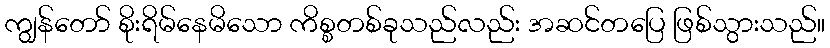
ကျွန်တော် စိုးရိမ်နေမိသော ကိစ္စတစ်ခုသည်လည်း အဆင်တပြေ ဖြစ်သွားသည်။